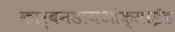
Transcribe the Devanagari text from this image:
कार्बनडायओक्साईड